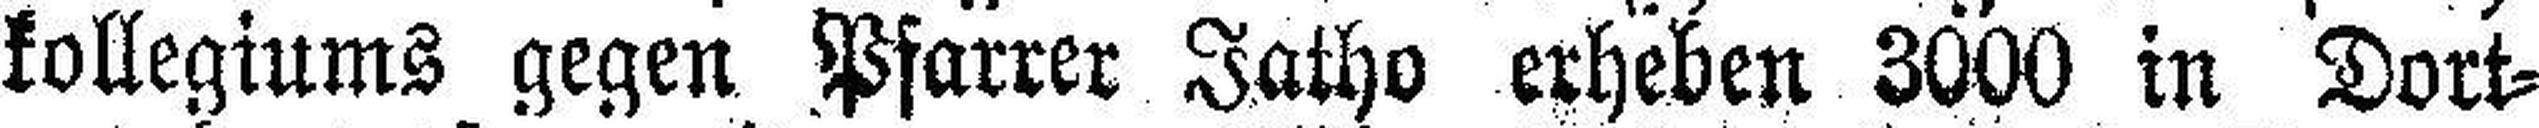
kollegiums gegen Pfarrer Jatho erheben 3000 in Dort¬